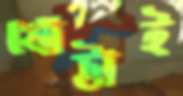
খোট্টাই